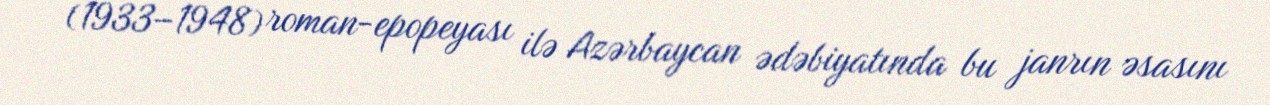
(1933–1948) roman-epopeyası ilə Azərbaycan ədəbiyatında bu janrın əsasını